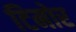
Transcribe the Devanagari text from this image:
टिमोर